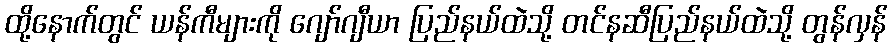
ထို့နောက်တွင် ယန်ကီများကို ဂျော်ဂျီယာ ပြည်နယ်ထဲသို့ တင်နဆီပြည်နယ်ထဲသို့ တွန်လှန်